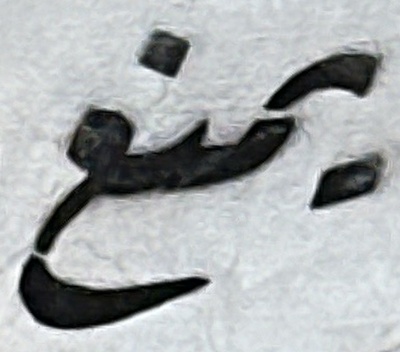
يمنع